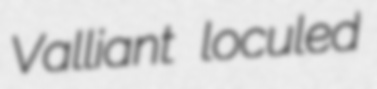
Valliant loculed